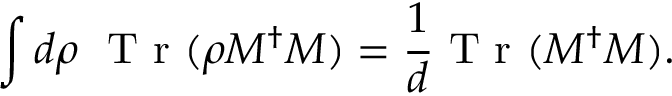
\int d \rho \, \, \mathrm { ~ T ~ r ~ } ( \rho M ^ { \dagger } M ) = \frac { 1 } { d } \mathrm { ~ T ~ r ~ } ( M ^ { \dagger } M ) .